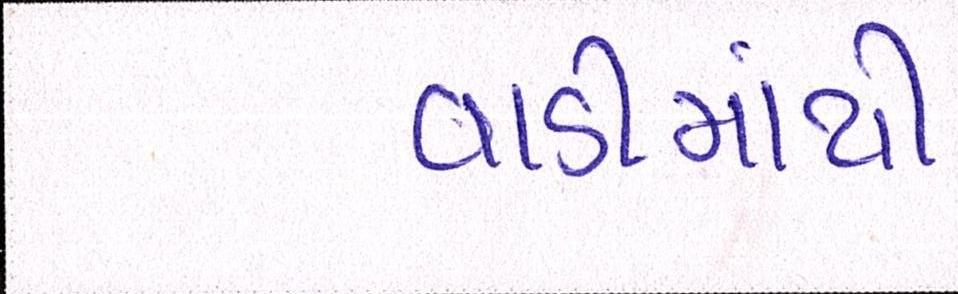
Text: વાડીમાંથી